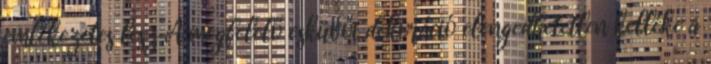
emlékezetes lesz A megfelelő esküvői dekoráció elengedhetetlen kelléke a